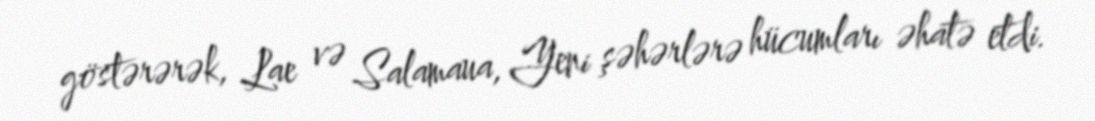
göstərərək, Lae və Salamaua, Yeni şəhərlərə hücumları əhatə etdi.